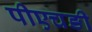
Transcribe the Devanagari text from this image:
पीएचङी